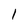
Character: 1